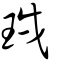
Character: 珬